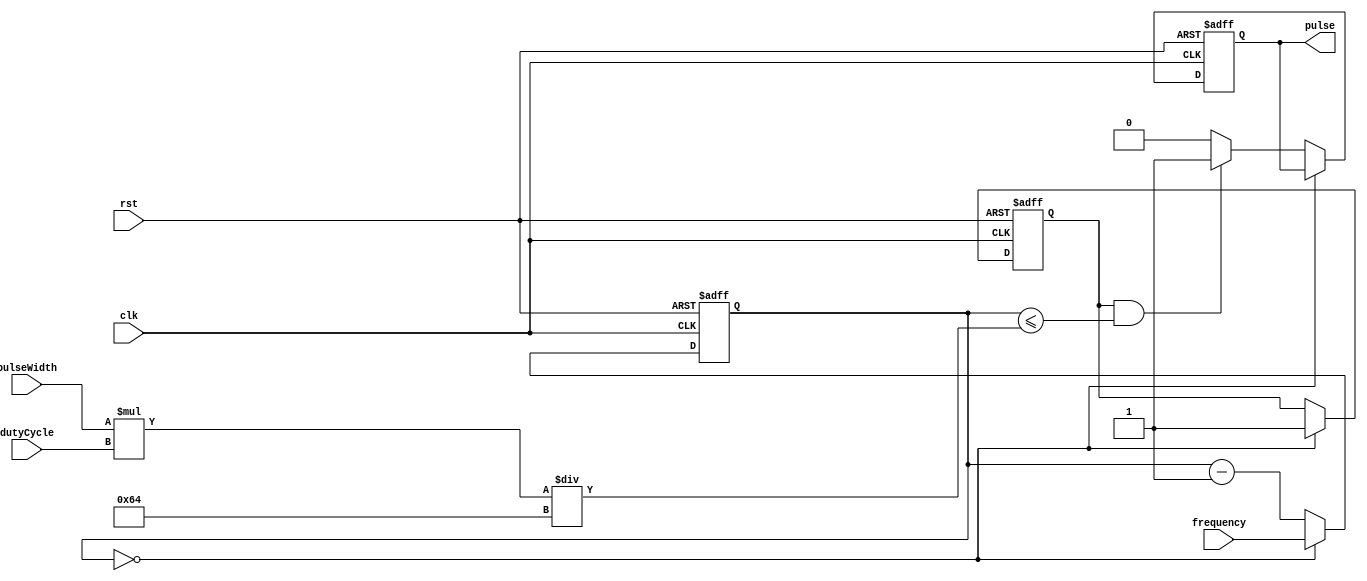
module PulseGenerator(
    input wire clk,
    input wire rst,
    input wire [31:0] pulseWidth,
    input wire [31:0] frequency,
    input wire [7:0] dutyCycle,
    output reg pulse
);

reg [31:0] count;
reg enable;

always @(posedge clk or posedge rst) begin
    if (rst) begin
        count <= 0;
        enable <= 1'b0;
        pulse <= 1'b0;
    end else begin
        if (count == 0) begin
            enable <= 1'b1;
            count <= frequency;
        end else begin
            if (enable && (count <= (pulseWidth * dutyCycle / 100))) begin
                pulse <= 1'b1;
            end else begin
                pulse <= 1'b0;
            end
            count <= count - 1;
        end
    end
end

endmodule